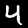
Digit: 4